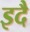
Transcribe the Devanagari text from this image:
इदै